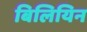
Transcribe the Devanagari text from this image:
बिलियिन